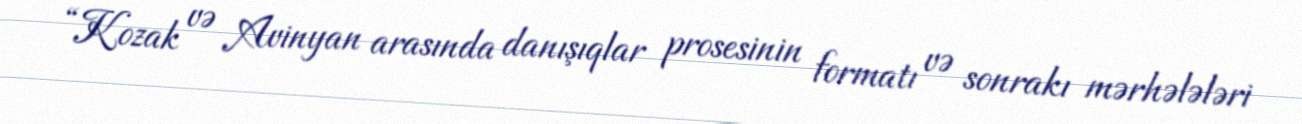
“Kozak və Avinyan arasında danışıqlar prosesinin formatı və sonrakı mərhələləri